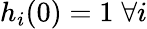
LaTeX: h_{i}(0)=1\; \forall i